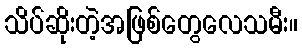
သိပ်ဆိုးတဲ့အဖြစ်တွေလေသမီး။